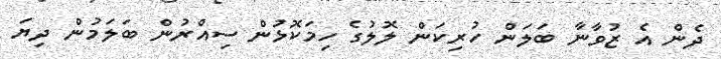
ދެން އެ ޒުވާނާ ބަލަން ހުރިކަން ލޮލުގެ ހިމަކޮޅުން ސިއްރުން ބަލަމުން ދިޔަ